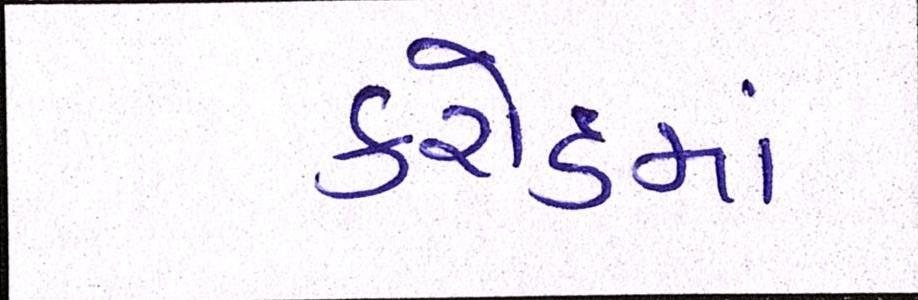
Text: કરોડમાં